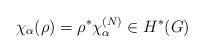
LaTeX: \begin{align*}\chi_\alpha(\rho) = \rho^\ast \chi^{(N)}_\alpha \in H^\ast (G)\end{align*}